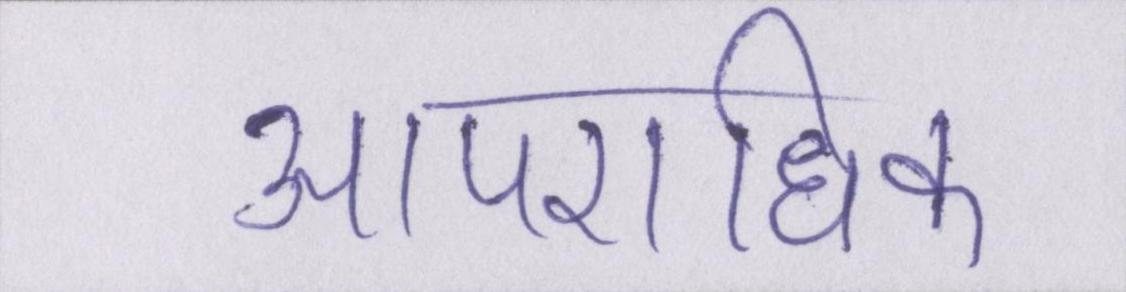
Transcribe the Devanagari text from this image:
आपराधिक